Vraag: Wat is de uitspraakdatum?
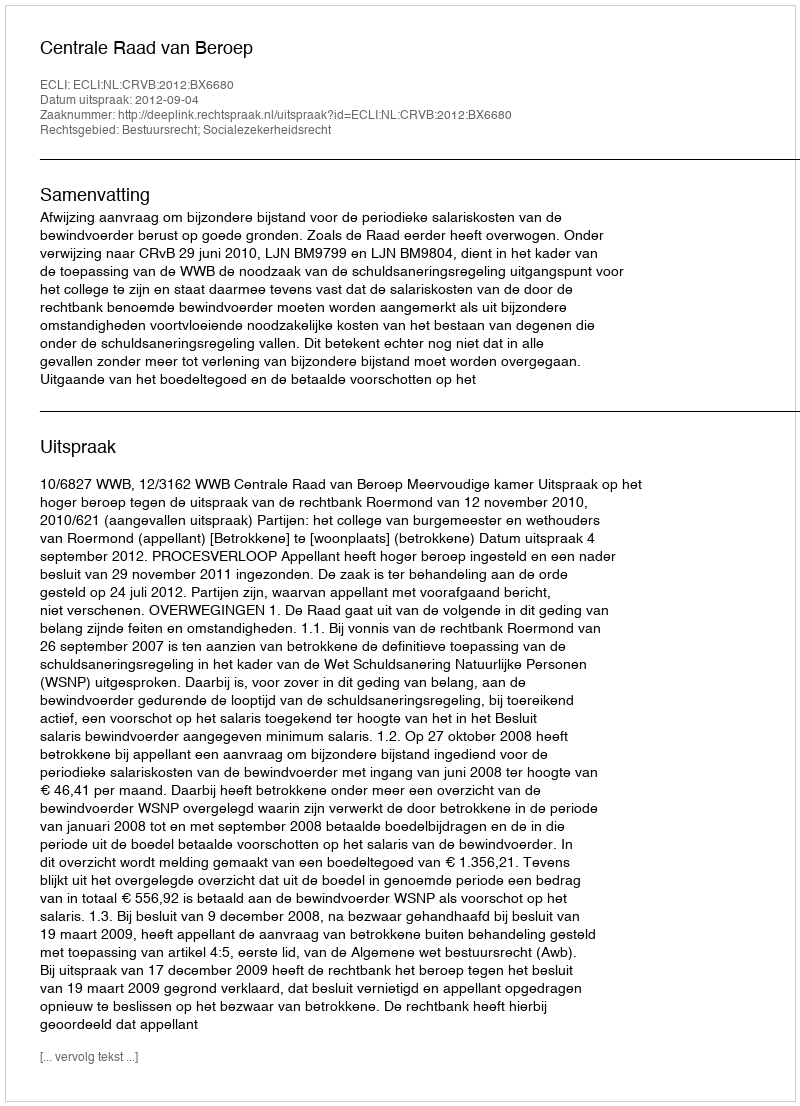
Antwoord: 2012-09-04